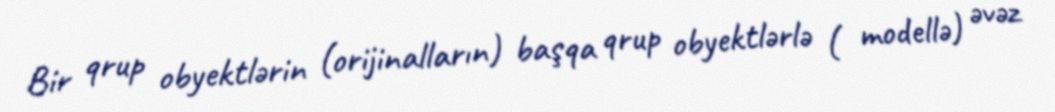
Bir qrup obyektlərin (orijinalların) başqa qrup obyektlərlə ( modellə) əvəz